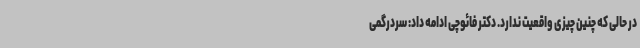
در حالی که چنین چیزی واقعیت ندارد. دکتر فائوچی ادامه داد: سردرگمی